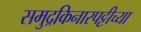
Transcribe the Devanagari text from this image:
समुद्रकिनारपट्टीच्या